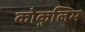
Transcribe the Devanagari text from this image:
कोकुलिम